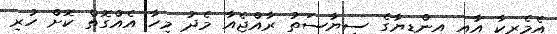
އެމެރިކާ އާއި އިންޑިޔާގެ ސިޔާސަތު ރާއްޖެއާ މެދު މިހާ އެއްގޮތް ކޮށް ހުރި